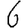
Digit: 6